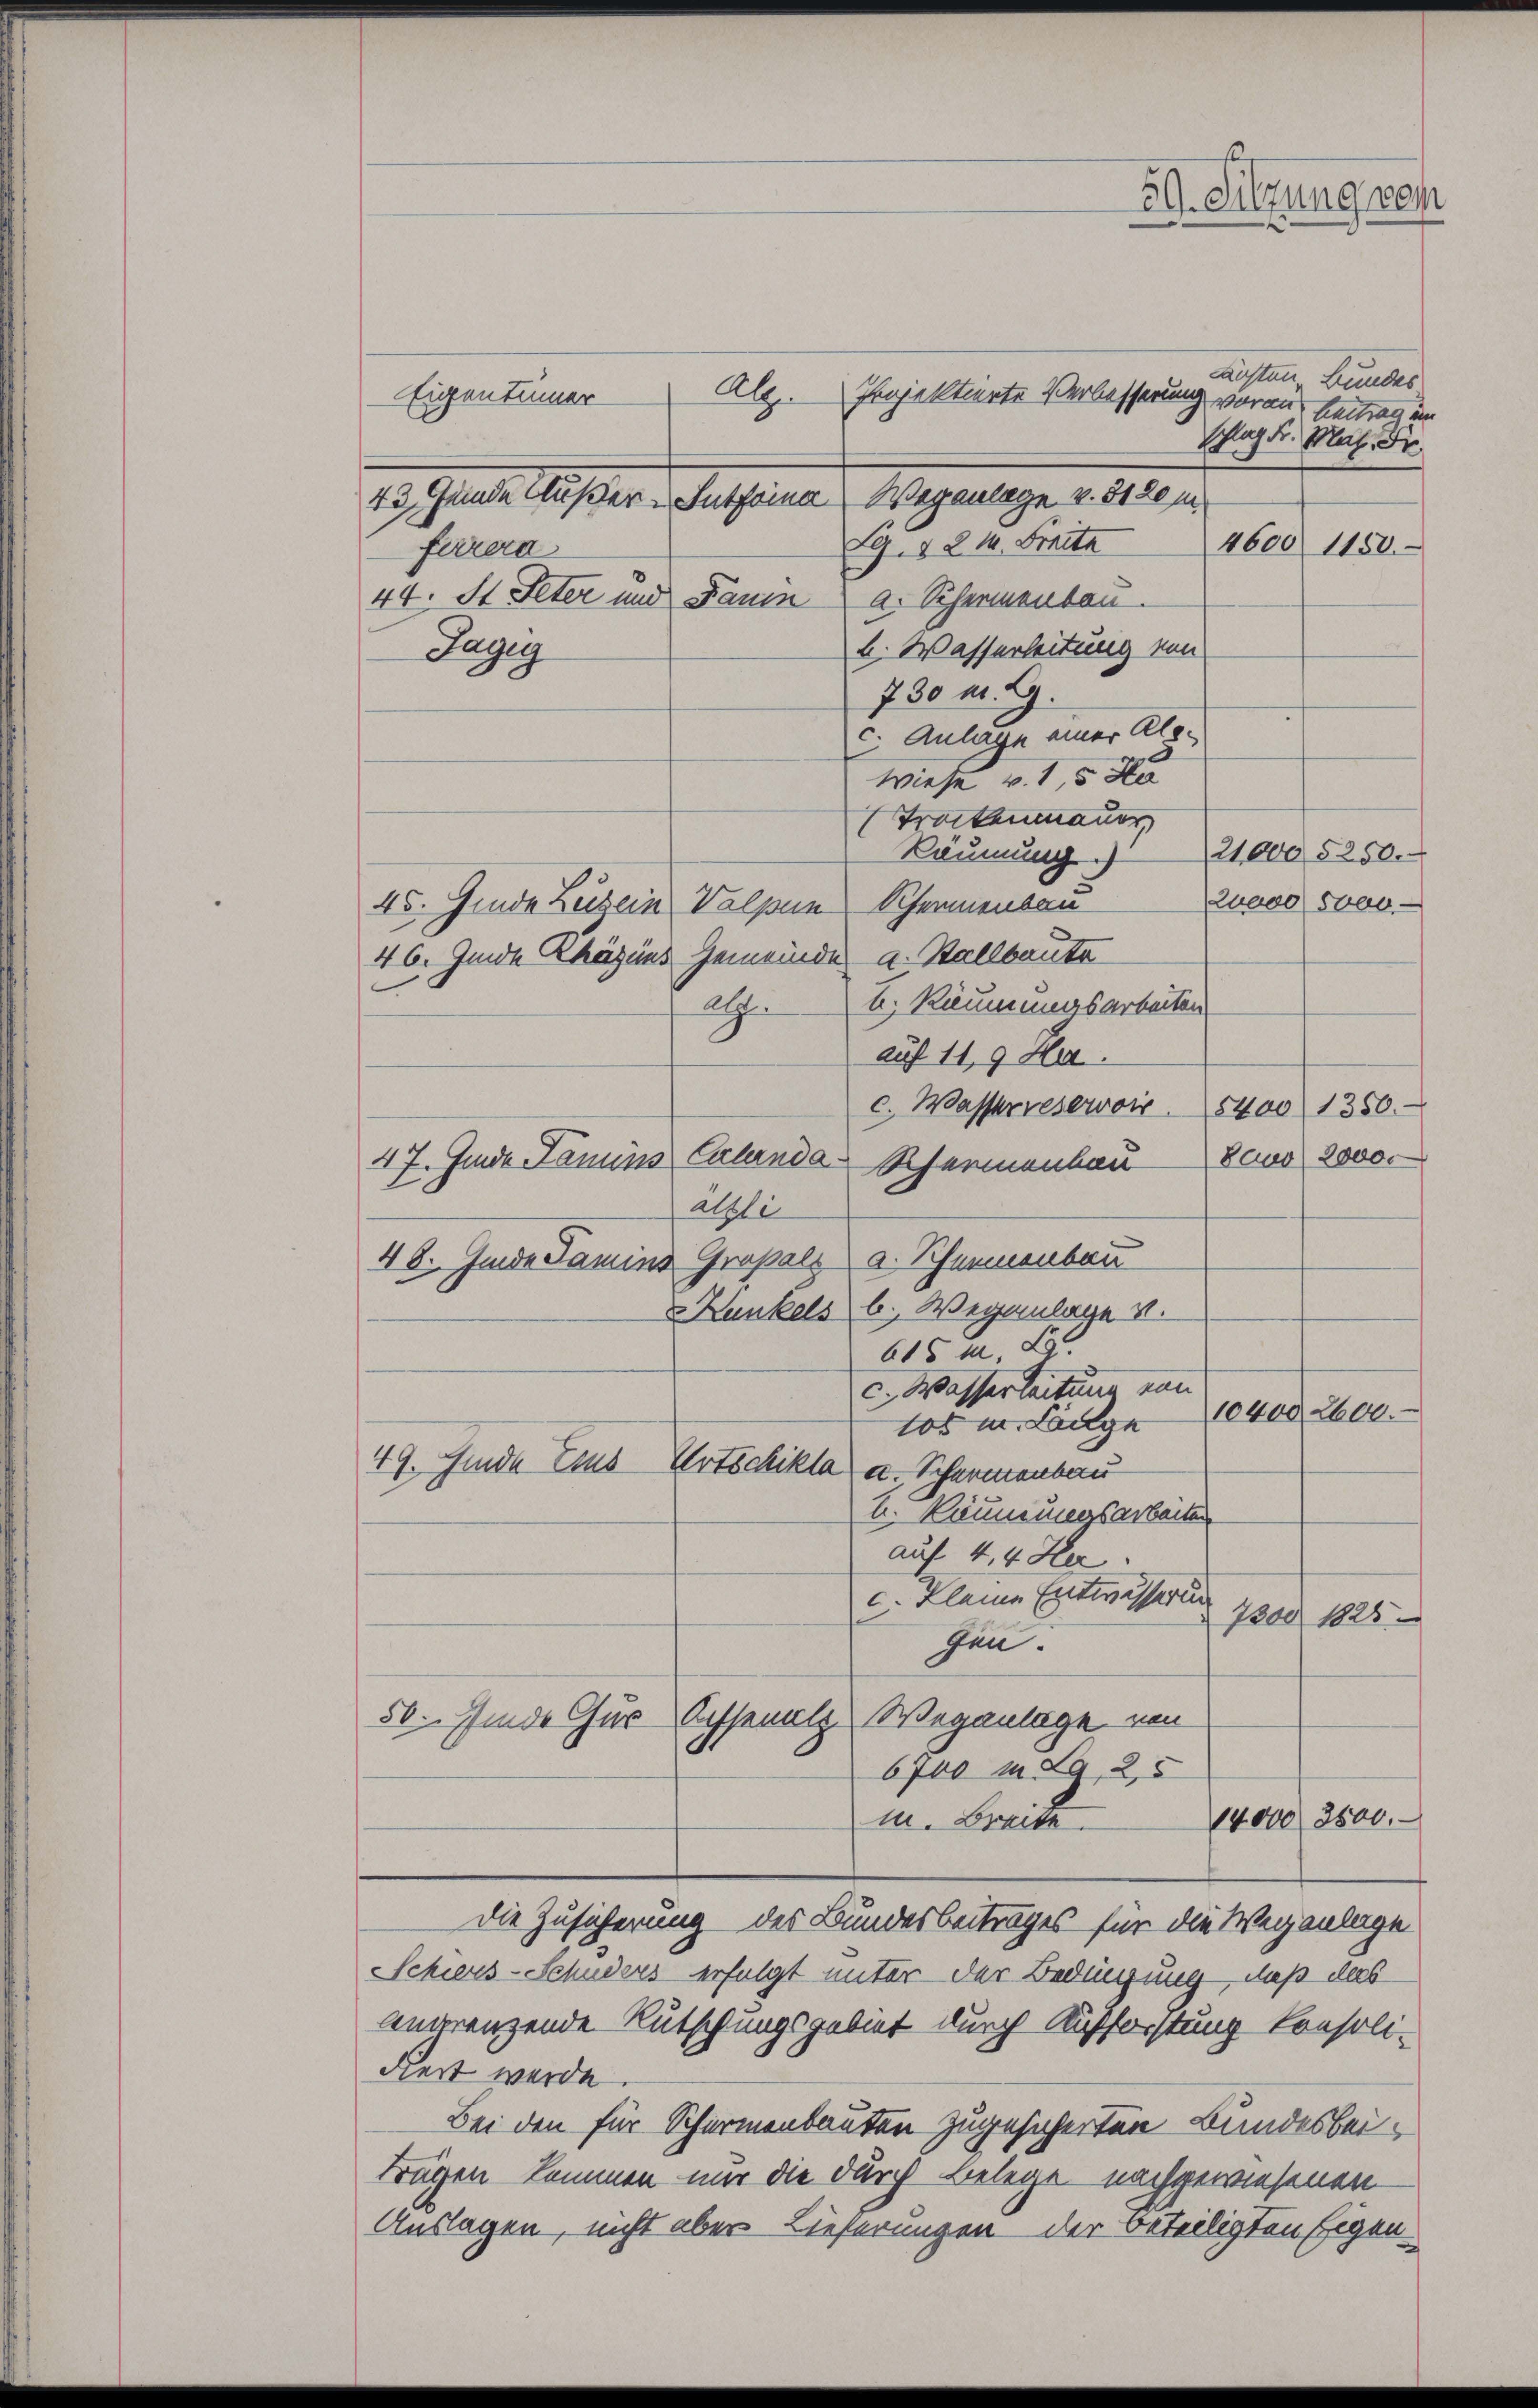
ächten Bundes
Projektierte Verbesserung voran
leantrag an
2600 1850.
farrera
44. St. Peter und Paum a. Schermenten.
u. Wasserleitung von
Jugig
730 m. G.
c. Anlage einer Als-
wiese v. 15 x
Trockenmanns
21,000 § 250.
Räumung.)
Luado 5000.-
45. Genda Luzern Valpen Schwamensau
46. Junia Chäzins Gemeinde a. Stallbaute
b. Räumungsarbeiten
A
auf 11,9 Ha.
c. Wasserreservoir 8400 1350.
47. Finde Famins Calanda Schermenbau den 2000.
alste
48. Finde Famins Gropalz a. Schweinenbau
x Kunkels b. Weganlage v.
615 n 9.
c. Wasserleitung von
10400, 2600.
tos u. Lange
49. Genda Zus
Artschikla u. Scharmenbau
b. Räumungsarbeiten
auf 4, 4 Her
c. kleine Entwisserung
7300 1828
gen.
50. Finde Chur Achsenalp Weganlage von
6700 m S. 25
14,000 3800.
m. Breite
Die Zusicherung des Bundesbeitrages für die Wegenlage
Schiers-Schuders erfolgt unter der Bedingung, daß das
angrenzende Rutschungsgebiet durch Aufforstung konsoli-
diert werde.
Bei den für Schürmenbauten zugesicherten Bundesbeiträgen kommen nur die durch Belege nachgewiesenen
Auslagen, nicht aber Lieferungen der Beteiligten Eigen-

Abz.
Eigentümer
43. Gunde Außer-Entfrina Wegenlage v. 3120 m

Sg. 124. Freite

59. Sitzung von

Schlag Fr. Mal. Fr.